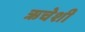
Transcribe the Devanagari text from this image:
ऋचेशी